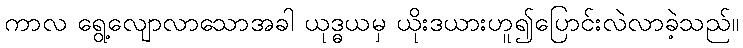
ကာလ ရွေ့လျောလာသောအခါ ယုဒ္ဓယမှ ယိုးဒယားဟူ၍ပြောင်းလဲလာခဲ့သည်။